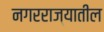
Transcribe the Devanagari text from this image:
नगरराज्यातील